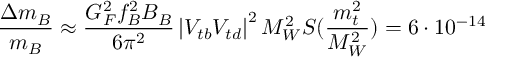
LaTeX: \frac { \Delta m _ { B } } { m _ { B } } \approx \frac { G _ { F } ^ { 2 } f _ { B } ^ { 2 } B _ { B } } { 6 \pi ^ { 2 } } \left| V _ { t b } V _ { t d } \right| ^ { 2 } M _ { W } ^ { 2 } S ( \frac { m _ { t } ^ { 2 } } { M _ { W } ^ { 2 } } ) = 6 \cdot 1 0 ^ { - 1 4 }